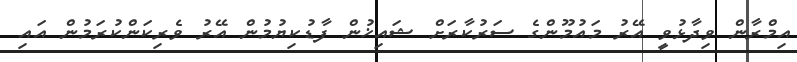
އިމްރާން ވިދާޅުވީ އޭރު މައުމޫންގެ ސަރުކާރަށް ޝައިޚުން ފާޑުކިޔުމުން އޭރު ވެރިކަންކުރަމުން އައި